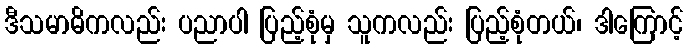
ဒီသမာဓိကလည်း ပညာပါ ပြည့်စုံမှ သူကလည်း ပြည့်စုံတယ်၊ ဒါကြောင့်